Report on sanitation, dispensaries, and jails in Rajputana for 1914, and on vaccination for the year 1914-1915 - 1914-1915
Year: 1914
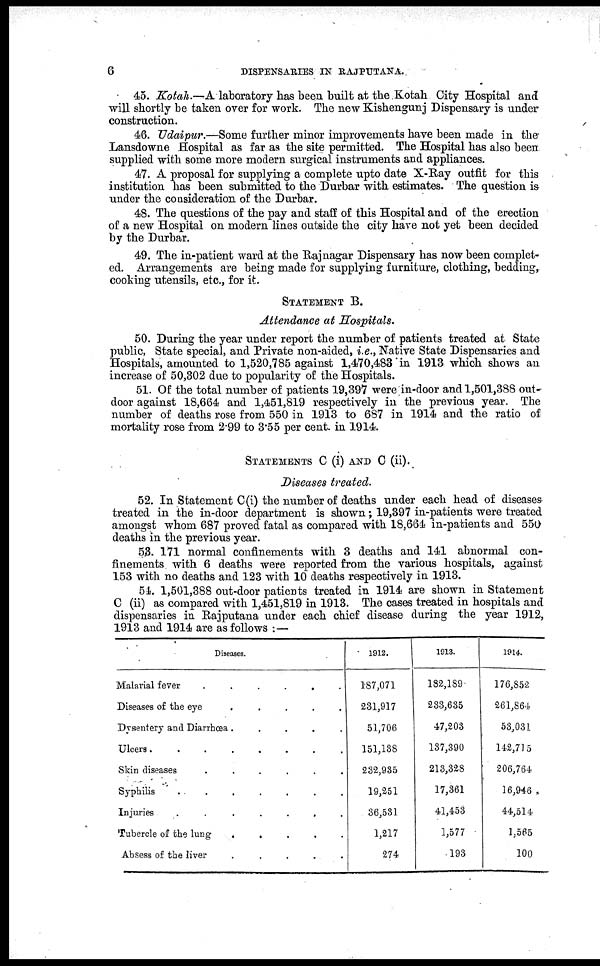
6
DISPENSARIES IN RAJPTJTANA.
45. Kotah.—A laboratory has been built at the Kotah City Hospital and
will shortly be taken over for work. The new Kishengunj Dispensary is under
construction.
46. Udaipur.—Some further minor improvements have been made in the
Lansdowne Hospital as far as the site permitted. The Hospital has also been
supplied with some more modern surgical instruments and appliances.
47. A proposal for supplying a complete upto date X-Ray outfit for this
institution has been submitted to the Durbar with estimates. The question is
under the consideration of the Durbar.
48. The questions of the pay and staff of this Hospital and of the erection
of a new Hospital on modern lines outside the city have not yet been decided
by the Durbar.
49. The in-patient ward at the Rajnagar Dispensary has now been complet-
ed. Arrangements are being made for supplying furniture, clothing, bedding,
cooking utensils, etc., for it.
STATEMENT B.
Attendance at Hospitals.
50. During the year under report the number of patients treated at State
public, State special, and Private non-aided, i.e., Native State Dispensaries and
Hospitals, amounted to 1,520,785 against 1,470,483 in 1913 which shows an
increase of 50,302 due to popularity of the Hospitals.
51. Of the total number of patients 19,397 were in-door and1,501,388 out-
door against 18,664 and 1,451,819 respectively in the previous year. The
number of deaths rose from 550 in 1913 to 687 in 1914 and the ratio of
mortality rose from 2.99 to 3.55 per cent. in 1914.
STATEMENTS C (i) AND C (ii).
Diseases treated.
52. In Statement C(i) the number of deaths under each head of diseases
treated in the in-door department is shown; 19,397 in-patients were treated
amongst whom 687 proved fatal as compared with 18,664 in-patients and 550
deaths in the previous year.
53. 171 normal confinements with 3 deaths and 141 abnormal con-
finements with 6 deaths were reported from the various hospitals, against
153 with no deaths and 123 with 10 deaths respectively in 1913.
54. 1,501,388 out-door patients treated in 1914 are shown in Statement
C (ii) as compared with 1,451,819 in 1913. The cases treated in hospitals and
dispensaries in Rajputana under each chief disease during the year 1912,
1913 and 1914 are as follows : —
Diseases.
Malarial fever
.
.
.
.
.
Diseases of the eye
.
.
.
.
.
Dysentery and Diarrhœa .
.
.
.
.
Ulcers.
.
.
.
.
.
.
.
Skin diseases
.
.
.
.
.
.
Syphilis
.
.
.
.
.
.
.
Injuries
.
.
.
.
.
.
.
Tubercle of the lung
.
.
.
.
.
Absess of the liver
.
.
.
.
.
1912.
187,071
231,917
51,706
151,138
232,935
19,251
36,531
1,217
274
1913.
182,189
233,635
47,203
137,390
213,323
17,361
41,453
1,577
193
1914.
176,852
261,864
53,031
142,715
206,764
16,946
44,514
1,565
100